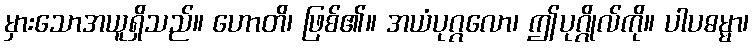
မှားသောအယူရှိသည်။ ဟောတိ၊ ဖြစ်၏။ အယံပုဂ္ဂလော၊ ဤပုဂ္ဂိုလ်ကို။ ပါပဓမ္မာ၊